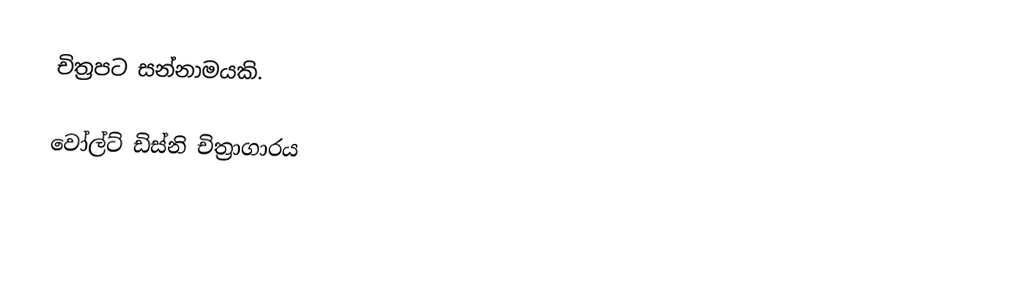
චිත්‍රපට සන්නාමයකි.

වෝල්ට් ඩිස්නි චිත්‍රාගාරය